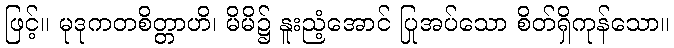
ဖြင့်။ မုဒုကတစိတ္တာဟိ၊ မိမိ၌ နူးညံ့အောင် ပြုအပ်သော စိတ်ရှိကုန်သော။